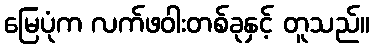
မြေပုံက လက်ဖဝါးတစ်ခုနှင့် တူသည်။